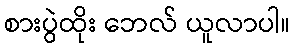
စားပွဲထိုး ဘေလ် ယူလာပါ။